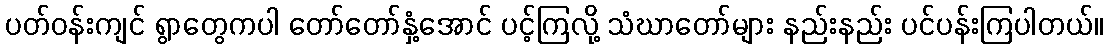
ပတ်ဝန်းကျင် ရွာတွေကပါ တော်တော်နှံ့အောင် ပင့်ကြလို့ သံဃာတော်များ နည်းနည်း ပင်ပန်းကြပါတယ်။